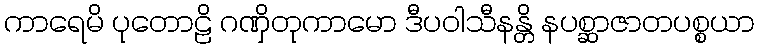
ကာရေမိ ပုတောဠိ ဂဏှိတုကာမော ဒီပဝါသီနန္တိ နပစ္ဆာဇာတပစ္စယာ